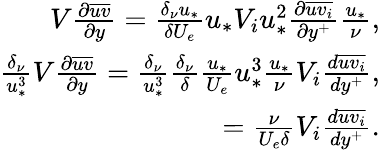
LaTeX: \begin{array}{r}{V\frac{\partial\overline{{uv}}}{\partial y}=\frac{\delta_{\nu}u_{*}}{\delta U_{e}}u_{*}V_{i}u_{*}^{2}\frac{\partial\overline{{uv_{i}}}}{\partial y^{+}}\frac{u_{*}}{\nu},}\\ {\frac{\delta_{\nu}}{u_{*}^{3}}V\frac{\partial\overline{{uv}}}{\partial y}=\frac{\delta_{\nu}}{u_{*}^{3}}\frac{\delta_{\nu}}{\delta}\frac{u_{*}}{U_{e}}u_{*}^{3}\frac{u_{*}}{\nu}V_{i}\frac{d\overline{{uv_{i}}}}{dy^{+}},}\\ {=\frac{\nu}{U_{e}\delta}V_{i}\frac{d\overline{{uv_{i}}}}{dy^{+}}.}\end{array}